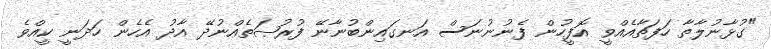
"ގުޅާނުލާތާ ހަފަތާއެއްވީ އޮފީހުން ފެނުނުނަސް އަނގައިންބުނާނޭ ފުރުޞަތެއްނުދޭ އާދު އެހެން ހަދަނީ ކީއްވެ